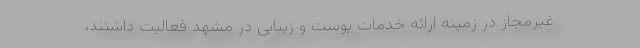
غیرمجاز در زمینه ارائه خدمات پوست و زیبایی در مشهد فعالیت داشتند،